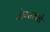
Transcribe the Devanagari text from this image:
जेम्सकडे